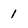
Character: 1